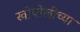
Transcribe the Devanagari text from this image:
खोपोलीच्या